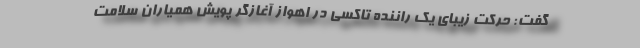
گفت: حرکت زیبای یک راننده تاکسی در اهواز آغازگر پویش همیاران سلامت